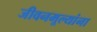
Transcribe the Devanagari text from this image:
जीवनमूल्यांना